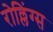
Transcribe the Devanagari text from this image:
रोल्लिंग्स